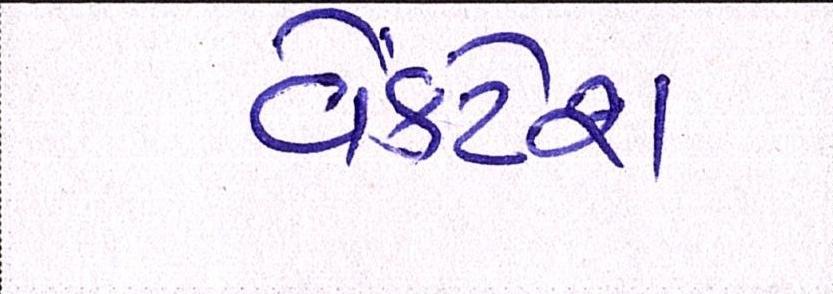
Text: વેંકટેશ